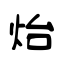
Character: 炲